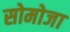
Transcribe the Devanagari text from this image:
सोमोजा